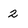
Character: 2